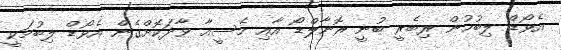
އެވޯޑް ލިބުމުން ރިބެރީ ބުނީ ރޮނާލްޑޯ އާއި މެސީއާ ވާދަކޮށްގެން އެވޯޑް ލިބުމަކީ